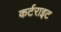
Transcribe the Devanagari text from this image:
कर्टराइट